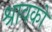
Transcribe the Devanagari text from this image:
श्रावको